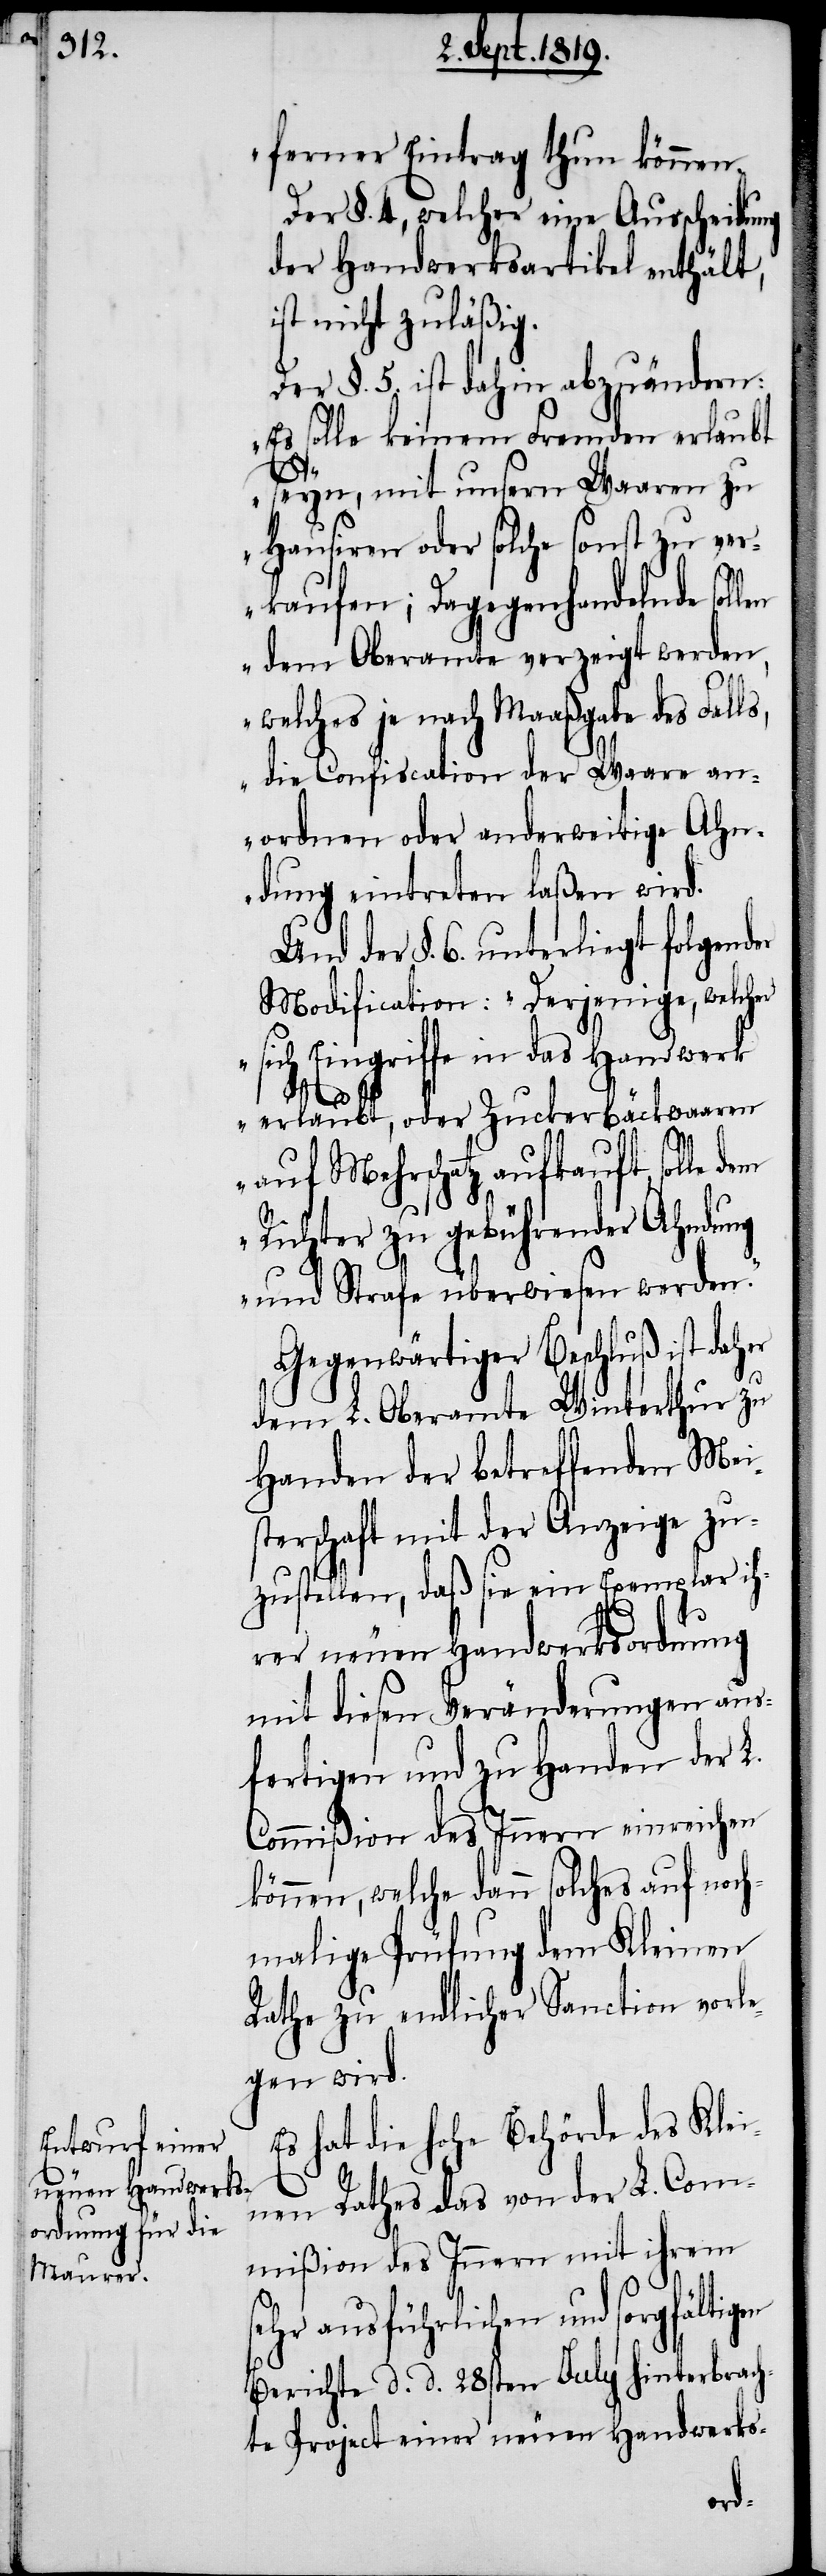
s,

ferner Eintrag thun könne¬
Der §. 4., welcher eine Ausscheidung
der Handwerksartikel enthält,
ist nicht zuläßig.
Der §. 5. ist dahin abzuändern:
„Es solle keinem Fremden erlaubt
seyn, mit unsern Waaren zu
Hausiren oder solche sonst zu ver¬
kaufen; Dagegenhandelnde soll¬
en dem Oberamte verzeigt werden,
welches je nach Maaßgabe des Fall¬
die Confiscation der Waare an¬
ordnen oder anderweitige Ahn¬
dung eintreten laßen wird.
Und der §. 6. unterliegt folgender
Modification: „Derjenige, welcher
sich Eingriffe in das Handwerk
erlaubt, oder Zuckerbäckwaaren
auf Mehrschatz aufkauft, soll dem
Richter zu gebührender Ahndung
und Strafe überwiesen werden.“
Gegenwärtiger Beschluß ist daher
dem L. Oberamte Winterthur zu
Handen der betreffenden Mei¬
sterschaft mit der Anzeige zu¬
zustellen, daß sie ein Exemplar ih¬
rer neuen Handwerksordnung
mit diesen Veränderungen aus¬
fertigen und zu Handen der L.
Commißion des Innern einreichen
könne, welche dann solches auf noch¬
malige Prüfung dem Kleinen
Rathe zu endlicher Sanction vorle¬
gen wird.
Es hat die hohe Behörde des Klei¬
nen Rathes das von der L. Com¬
mißion des Innern mit ihrem
sehr ausführlichen und sorgfältigen
Berichte d. d. 28sten July hinterbrach¬
te Project einer neuen Handwerks-